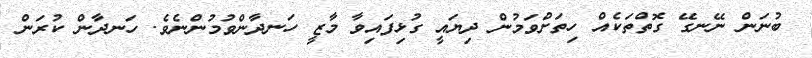
ބުނަން ނޭނގޭ ގޮތްތަކެއް ހިތަށްވަމުން ދިޔައީ ގުޅިފައިވާ މާޒީ ހަނދާންވުމުންނެވެ. ހަނދާން ކުރަން